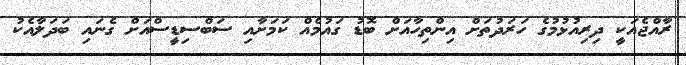
ރާއްޖެއަކީ ދިރިއުޅުމުގެ ހަރަދުތަށް އިންތިހާއަށް ބޮޑު ގައުމެއް ކަމަށާއި ސަބްސިޑީސްއަށް ގެނައި ބަދަލާއެކު